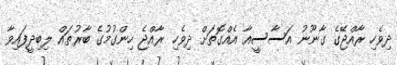
ދިވެހި ރާއްޖޭގެ ގާނޫނު އަސާސީއާ އެއްގޮތަށް ދިވެހި ރާއްޖެ ހިންގުމުގެ ބާރުތައް ލިބިދީފައިވާ